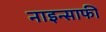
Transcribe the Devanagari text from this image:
नाइन्साफी